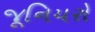
જૂનિયરો